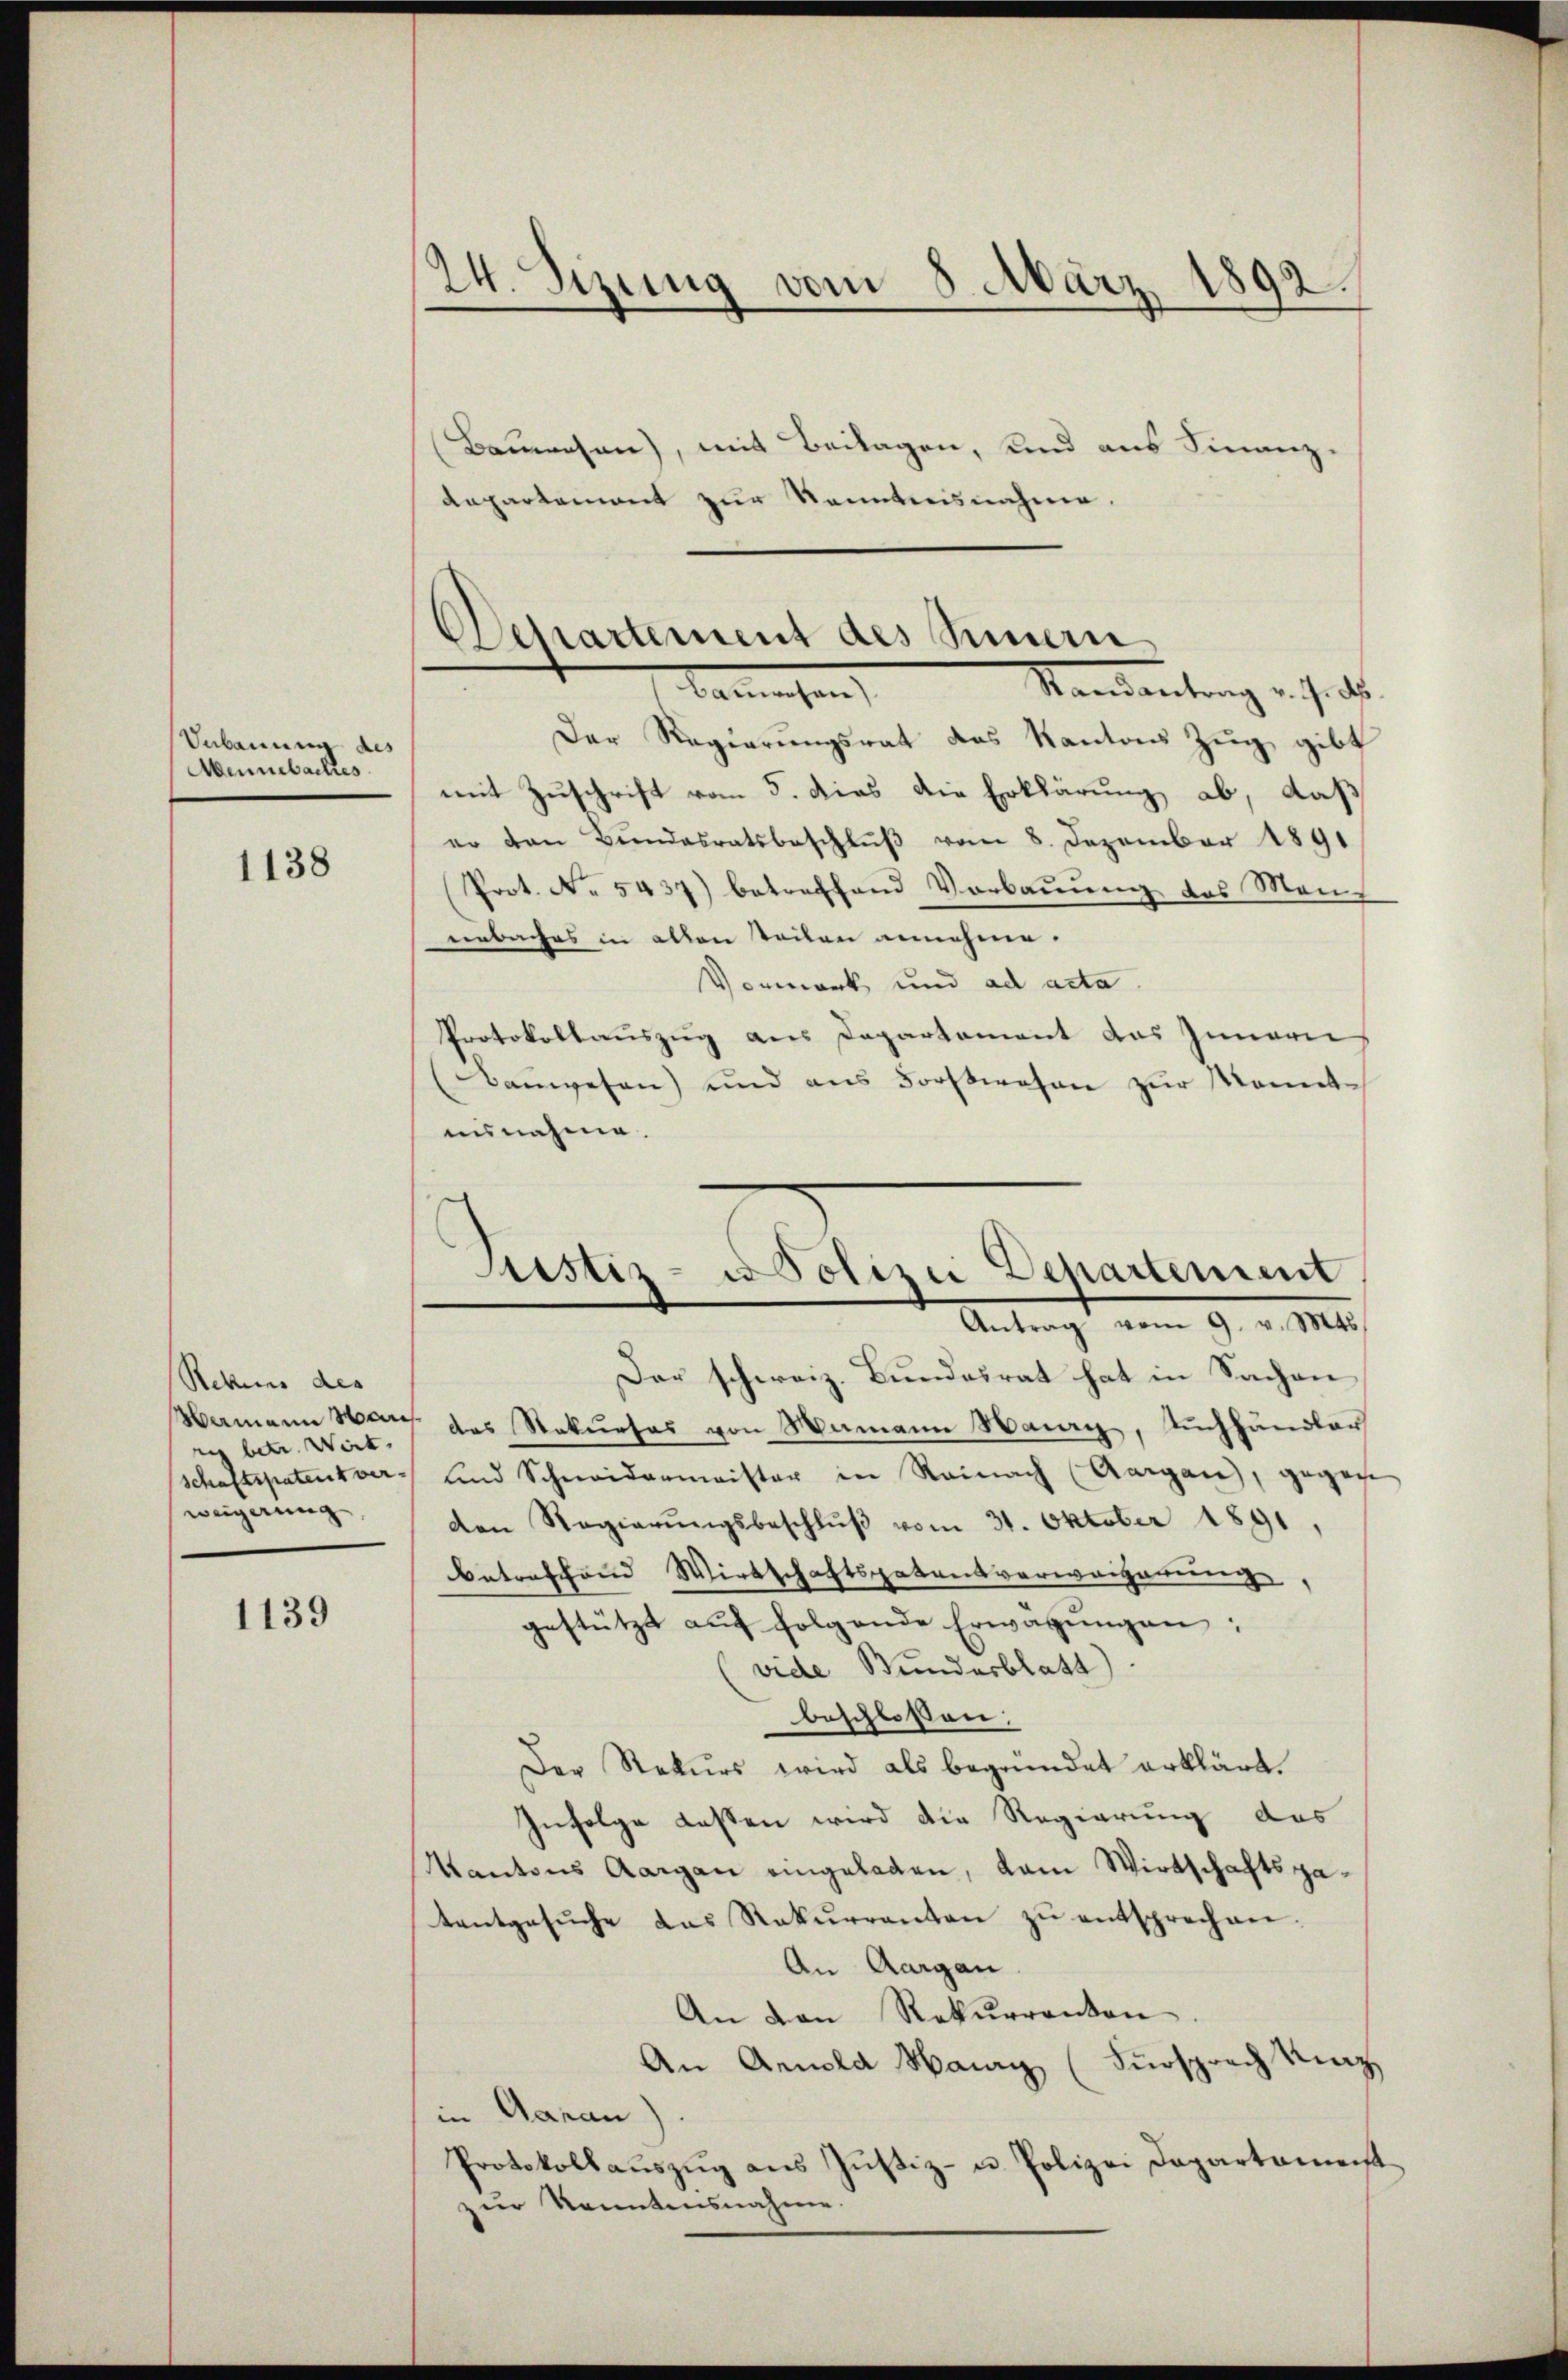
Verbauung des
Mennebackes.

1138

Rekurs des
rig betr. Wirt,
schaftspatent ver-
weigerung

1139

24. Sizung vom 8. März 1892.

Bauwesen), mit Beilagen, und aus Finanz-
departement zur Kenntnisnahme.

Departement des Sinnern,
Randantrag u. sicht
karasen,

Der Regierungsrat des Kantons Zug gibt
mit Zuschrift vom 5. dies die Erklärung ab, daß
er den Bŭndesratsbeschlŭβ vom 8. Dezember 1891
Prot. No 5437) betreffend Verbauung des Man
erbaches in allen teilen annehme.
Vormark und ad acta
Protokollauszug aus Departement das Innern
Baŭwesen) und ans Forstwesen zŭr Monnte
ausnahme.
Der schweiz. Bundesrat hat in Sachen
Hamann Nach das Rekurses von Mamann Haury, Buchhändler
und Schneidermeister in Reinach (Aargau, gegene
den Regierŭngsbeschlŭβ vom 31. Oktober 1891,
betreffend Wirtschaftspatentverweigerung,
gestützt aŭf folgende Erwägŭngen:
(vide Bundesblatt)
beschloßen:
Der Rekurs wird als begründet erklärt.
Infolge lassen wird die Regierung des
Kantons Aargau eingeladen, kam Wirtschaftspatentgesŭche das Rekŭrranten zŭ entsprechen.
An Aargau
An von Rekurrenton
An Arnold Harry (Fürsprech Kinz
in Aarau)
Protokollaŭszŭg ans Justiz- u. Polizei Departement
zur Kenntensnahme.

Justiz- u Polizei Departement
Antragt vom 9. v. 1805.